Report of the Imperial Institute of Veterinary Research, Muktesar
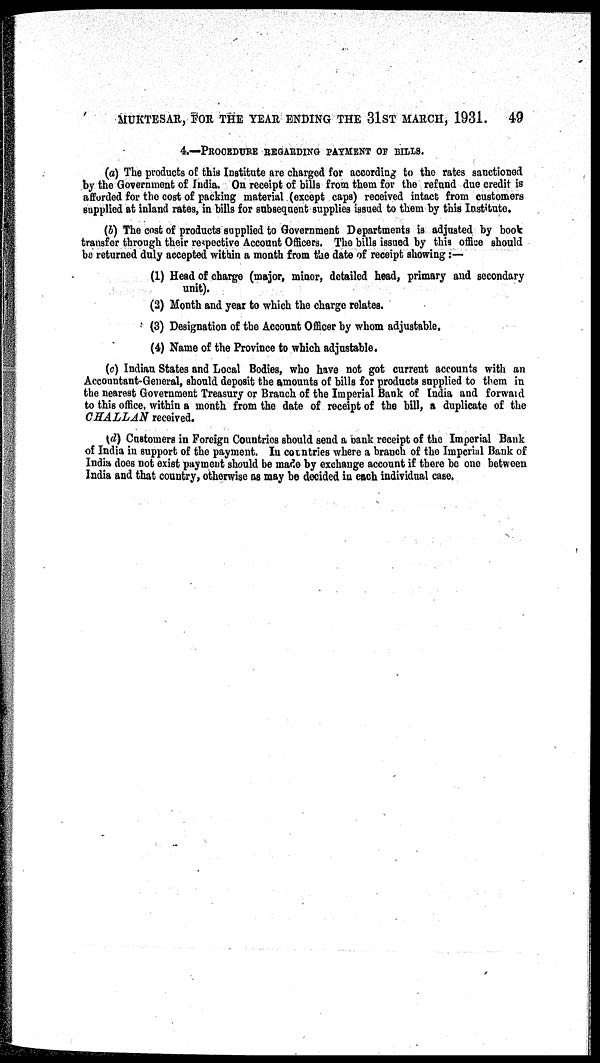
MUKTESAR, FOR THE YEAR ENDING THE 31ST MARCH, 1931. 49
4.—PROCEDURE REGARDING PAYMENT OF BILLS.
(a) The products of this Institute are charged for according to the rates sanctioned
by the Government of India. On receipt of bills from them for the refund due credit is
afforded for the cost of packing material (except caps) received intact from customers
supplied at inland rates, in bills for subsequent supplies issued to them by this Institute.
(b) The cost of products supplied to Government Departments is adjusted by book
transfer through their respective Account Officers. The bills issued by this office should
be returned duly accepted within a month from the date of receipt showing :—
(1) Head of charge (major, minor, detailed head, primary and secondary
unit).
(2) Month and year to which the charge relates.
(3) Designation of the Account Officer by whom adjustable.
(4) Name of the Province to which adjustable.
(c) Indian States and Local Bodies, who have not got current accounts with an
Accountant-General, should deposit the amounts of bills for products supplied to them in
the nearest Government Treasury or Branch of the Imperial Bank of India and forward
to this office, within a month from the date of receipt of the bill, a duplicate of the
CHALLAN received.
(d) Customers in Foreign Countries should send a bank receipt of the Imperial Bank
of India in support of the payment. In countries where a branch of the Imperial Bank of
India does not exist payment should be made by exchange account if there be one between
India and that country, otherwise as may be decided in each individual case.